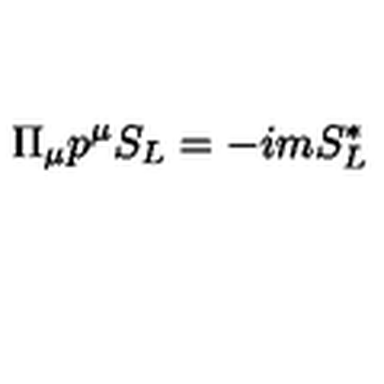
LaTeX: \Pi _ { \mu } p ^ { \mu } S _ { L } = - i m S _ { L } ^ { * }